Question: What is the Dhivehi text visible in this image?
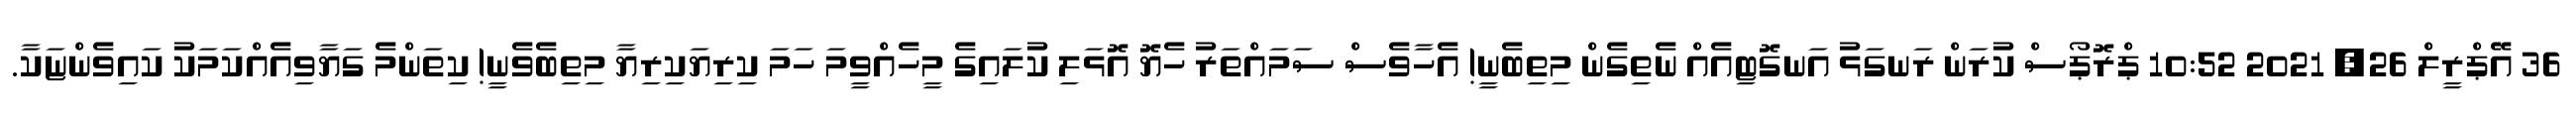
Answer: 36 އޭޕްރީލް 26, 2021 10:52 ޕްރޮޕޯސް ކުރަން ރަނގަޅު އަނގޮޓިއެއް ނެތިގެން މިތިބެނީ! އެހާވެސް ސަމައްތަރު ހެޔޮ އޮޅަލި ކުލައިގެ މީހެއްވީމަ ހަމަ ކިރިޔަކިރިޔާ މިތިބެވެނީ! ކިތަންމެ ގަޔާވިއެއްކަމަކު ކައިވެންޏަކާ.